Civil Veterinary Department ledger series I-VI
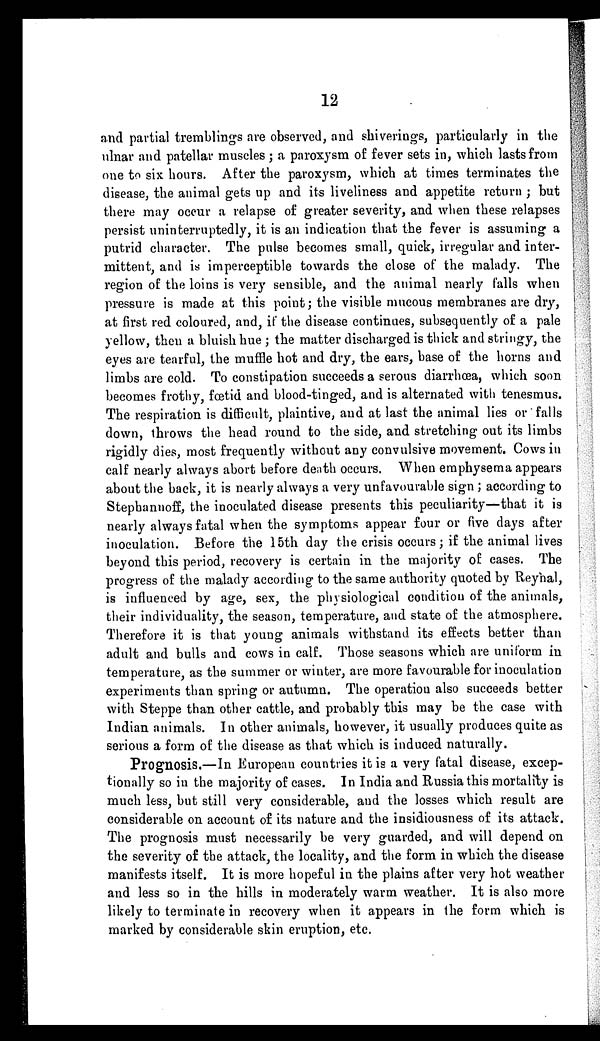
12
and partial tremblings are observed, and shiverings, particularly in the
ulnar and patellar muscles; a paroxysm of fever sets in, which lasts from
one to six hours. After the paroxysm, which at times terminates the
disease, the animal gets up and its liveliness and appetite return ; but
there may occur a relapse of greater severity, and when these relapses
persist uninterruptedly, it is an indication that the fever is assuming a
putrid character. The pulse becomes small, quick, irregular and inter-
mittent, and is imperceptible towards the close of the malady. The
region of the loins is very sensible, and the animal nearly falls when
pressure is made at this point; the visible mucous membranes are dry,
at first red coloured, and, if the disease continues, subsequently of a pale
yellow, then a bluish hue ; the matter discharged is thick and stringy, the
eyes are tearful, the muffle hot and dry, the ears, base of the horns and
limbs are cold. To constipation succeeds a serous diarrhœa, which soon
becomes frothy, fœtid and blood-tinged, and is alternated with tenesmus.
The respiration is difficult, plaintive, and at last the animal lies or falls
down, throws the head round to the side, and stretching out its limbs
rigidly dies, most frequently without any convulsive movement. Cows in
calf nearly always abort before death occurs. When emphysema appears
about the back, it is nearly always a very unfavourable sign ; according to
Stephannoff, the inoculated disease presents this peculiarity—that it is
nearly always fatal when the symptoms appear four or five days after
inoculation. Before the 15th day the crisis occurs ; if the animal lives
beyond this period, recovery is certain in the majority of cases. The
progress of the malady according to the same authority quoted by Reyhal,
is influenced by age, sex, the physiological condition of the animals,
their individuality, the season, temperature, and state of the atmosphere.
Therefore it is that young animals withstand its effects better than
adult and bulls and cows in calf. Those seasons which are uniform in
temperature, as the summer or winter, are more favourable for inoculation
experiments than spring or autumn. The operation also succeeds better
with Steppe than other cattle, and probably this may be the case with
Indian animals. In other animals, however, it usually produces quite as
serious a form of the disease as that which is induced naturally.
Prognosis.—In European countries it is a very fatal disease, excep-
tionally so in the majority of cases. In India and Russia this mortality is
much less, but still very considerable, and the losses which result are
considerable on account of its nature and the insidiousness of its attack.
The prognosis must necessarily be very guarded, and will depend on
the severity of the attack, the locality, and the form in which the disease
manifests itself. It is more hopeful in the plains after very hot weather
and less so in the hills in moderately warm weather. It is also more
likely to terminate in recovery when it appears in the form which is
marked by considerable skin eruption, etc.